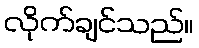
လိုက်ချင်သည်။